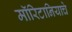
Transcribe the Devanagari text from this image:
मॉरिटानियाचे